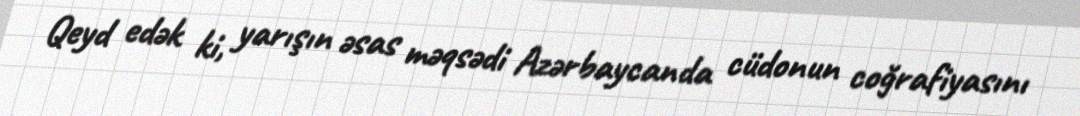
Qeyd edək ki, yarışın əsas məqsədi Azərbaycanda cüdonun coğrafiyasını